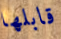
قابلها